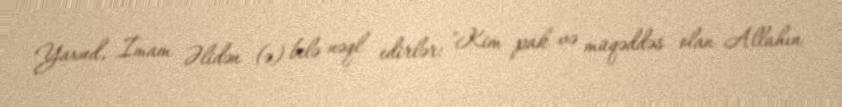
Yaxud, İmam Əlidən (ə) belə nəql edirlər: "Kim pak və müqəddəs olan Allahın